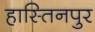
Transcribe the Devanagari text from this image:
हास्तिनपुर